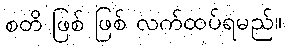
စတိ ဖြစ် ဖြစ် လက်ထပ်ရမည်။